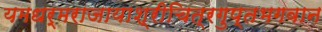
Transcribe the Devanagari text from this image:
यमधर्मराजायाश्रीचित्रगुप्तभगवान